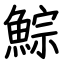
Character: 鯮